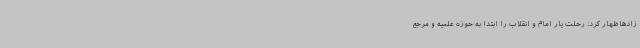
زادهاظهار کرد: رحلت یار امام و انقلاب را ابتدا به حوزه علمیه و مرجع